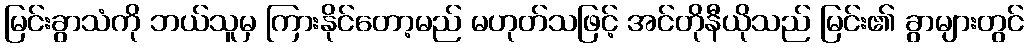
မြင်းခွာသံကို ဘယ်သူမှ ကြားနိုင်တော့မည် မဟုတ်သဖြင့် အင်တိုနီယိုသည် မြင်း၏ ခွာများတွင်